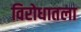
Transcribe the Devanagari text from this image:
विरोधातला